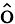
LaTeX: \hat{\mathrm{{o}}}